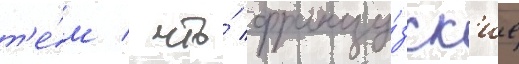
т'е́м / что́ францу́зск'ие